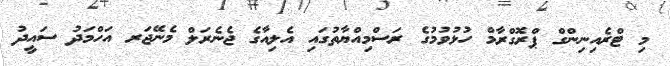
މި ޓްރެއިނިންގް ޕްރޮގްރާމް ހުޅުވުމުގެ ރަސްމިއްޔާތުގައި އެލިއާގެ ޖެނެރަލް މެނޭޖަރ އަހްމަދު ސައީދު